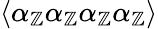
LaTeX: \langle\alpha_{\mathbb{Z}}\alpha_{\mathbb{Z}}\alpha_{\mathbb{Z}}\alpha_{\mathbb{Z}}\rangle